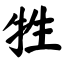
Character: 牲